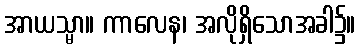
အာယသ္မာ။ ကာလေန၊ အလိုရှိသောအခါ၌။